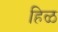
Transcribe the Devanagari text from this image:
हिळ